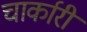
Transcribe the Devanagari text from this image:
चार्कारी